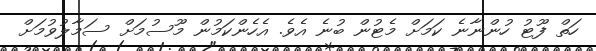
ހަތް ފޫޓު ހުންނާނެ ކަމަށް މެޓުން ބުނެ އެވެ. އެހެންކަމުން މޫސުމަށް ސަމާލުވުމަށް